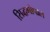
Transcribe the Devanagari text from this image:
सिद्धगोपाल